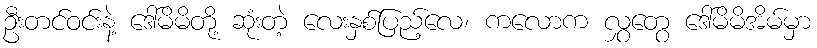
ဦးတင်ဝင်းနဲ့ ဒေါ်မိမိတို့ ဆုံးတဲ့ လေးနှစ်ပြည့်လေ၊ ကလောက လွှတွေ ဒေါ်မိမိအိမ်မှာ